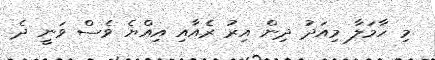
މި ހާމަލާ މިއަދު ދިން އިރު ރެއާއި އިއްޔެ ވެސް ވަނީ ދެ